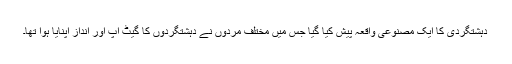
دہشتگردی کا ایک مصنوعی واقعہ پیش کیا گیا جس میں مختلف مردوں نے دہشتگردوں کا گیٹ اپ اور انداز اپنایا ہوا تھا۔